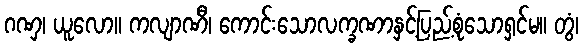
ဂဏှ၊ ယူလော။ ကလျာဏီ၊ ကောင်းသောလက္ခဏာနှင့်ပြည့်စုံသောရှင်မ။ တွံ၊